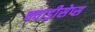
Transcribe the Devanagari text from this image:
क्वाड्रीसेप्स